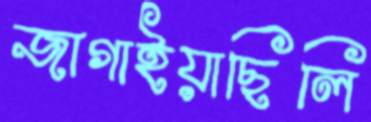
জাগাইয়াছিলি